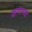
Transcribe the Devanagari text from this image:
जापानयों